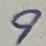
Text: 9